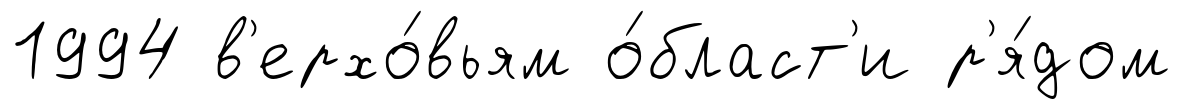
1994 в'ерхо́вьям о́бласт'и р'я́дом